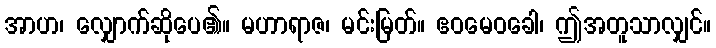
အာဟ၊ လျှောက်ဆိုပေ၏။ မဟာရာဇ၊ မင်းမြတ်။ ဧဝမေဝခေါ၊ ဤအတူသာလျှင်။